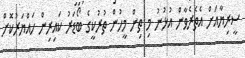
ސީރިޔާއަށް އެތެރެވާން އުޅުނު މި ތިން މީހުން ތުރުކީގެ ބޯޑަރު ކައިރިން ހައްޔަރުކޮށް